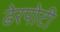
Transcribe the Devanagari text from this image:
ढेरपोटी